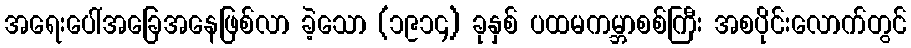
အရေးပေါ်အခြေအနေဖြစ်လာ ခဲ့သော (၁၉၁၄) ခုနှစ် ပထမကမ္ဘာစစ်ကြီး အစပိုင်းလောက်တွင်